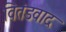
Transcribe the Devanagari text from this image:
वितंडवाद